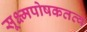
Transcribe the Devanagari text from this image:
सूक्ष्मपोषकतत्व